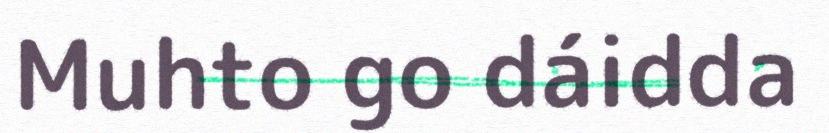
Muhto go dáidda